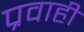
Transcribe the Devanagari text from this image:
प्रवाहीं